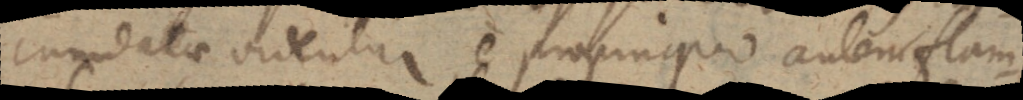
cumdatae videntur e propinquo autem flam-